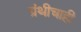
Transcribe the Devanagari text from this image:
ग्रंथीचाही